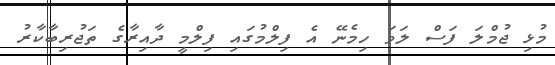
މުޅި ޖުމްލަ ފަސް ލަވަ ހިމެނޭ އެ ފިލްމުގައި ފިލްމީ ދާއިރާގެ ތަޖުރިބާކާރު